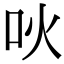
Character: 吙